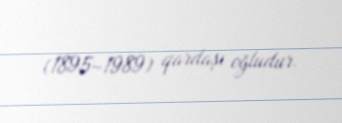
(1895–1989) qardaşı oğludur.